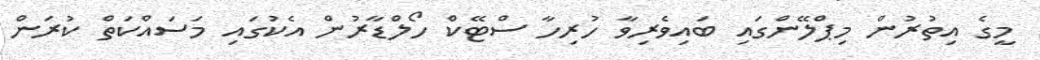
މީގެ އިތުރުން މިޕްލޭންގައި ބައިވެރިވާ ހުރިހާ ސްޓޭކް ހޯލްޑާރުން އެކުގައި މަސައްކަތް ކުރަން